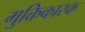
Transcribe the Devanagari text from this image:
मुक्तिकारक